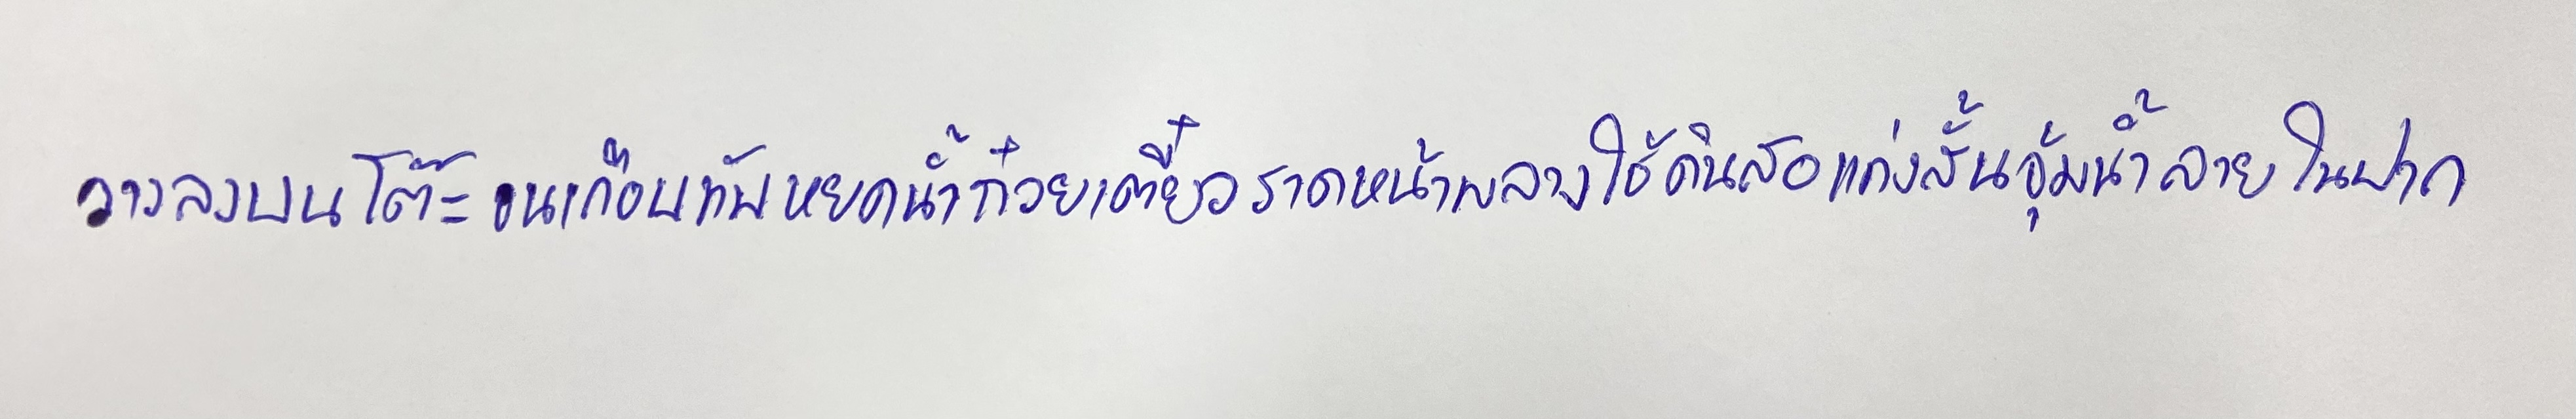
วางลงบนโต๊ะจนเกือบทับหยดน้ำก๋วยเตี๋ยวราดหน้าพลางใช้ดินสอแท่งสั้นจุ้มน้ำลายในปาก